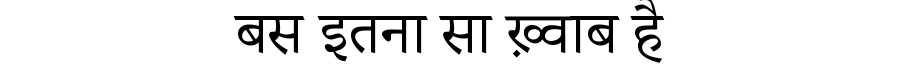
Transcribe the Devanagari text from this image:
बस इतना सा ख़्वाब है